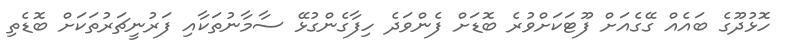
ހޮޅުދޫގެ ބައެއް ގޭގެއަށް ފޫޓަކަށްވުރެ ބޮޑަށް ފެންވަދެ ހިފާގެންގުޅޭ ސާމާނުތަކާއި ފަރުނީޗަރުތަކަށް ބޮޑެތި